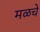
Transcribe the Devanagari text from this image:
मळचे